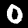
Label: 0